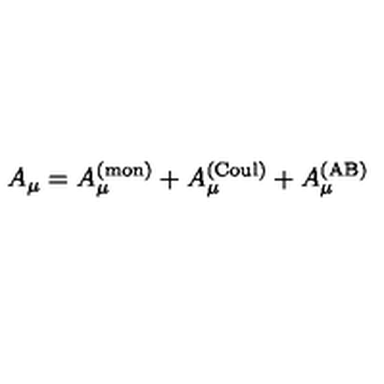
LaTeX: A _ { \mu } = A _ { \mu } ^ { ( \mathrm { m o n } ) } + A _ { \mu } ^ { ( \mathrm { C o u l } ) } + A _ { \mu } ^ { ( \mathrm { A B } ) }